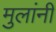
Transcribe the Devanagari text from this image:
मुलांनीं